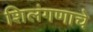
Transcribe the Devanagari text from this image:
शिलंगणाचे